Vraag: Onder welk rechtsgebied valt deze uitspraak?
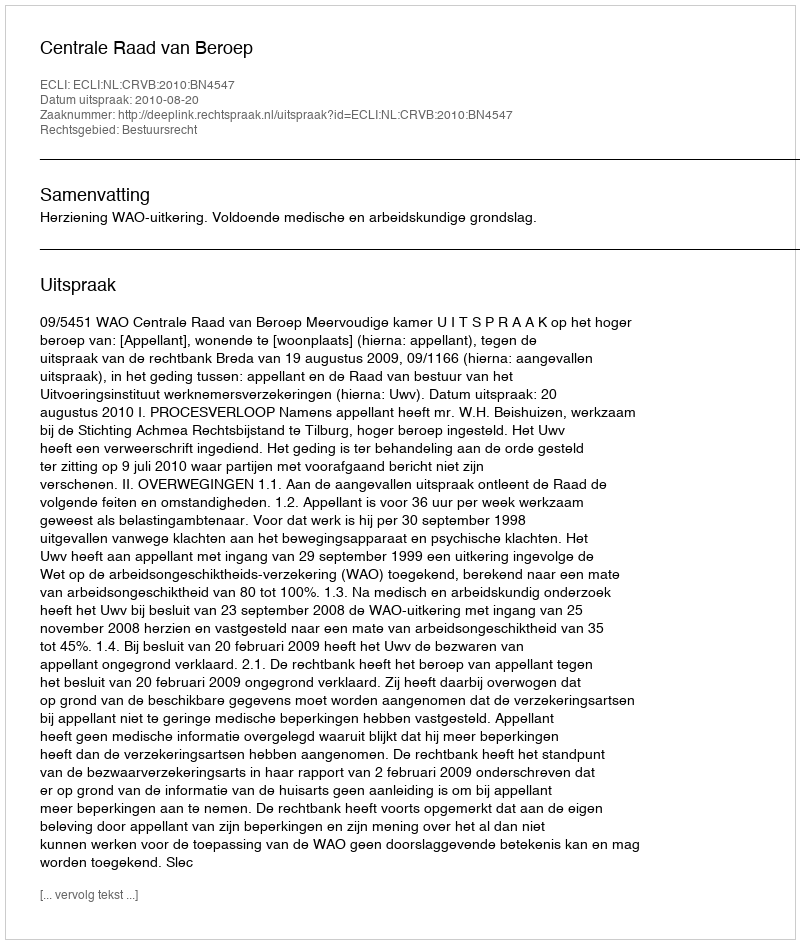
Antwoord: Bestuursrecht